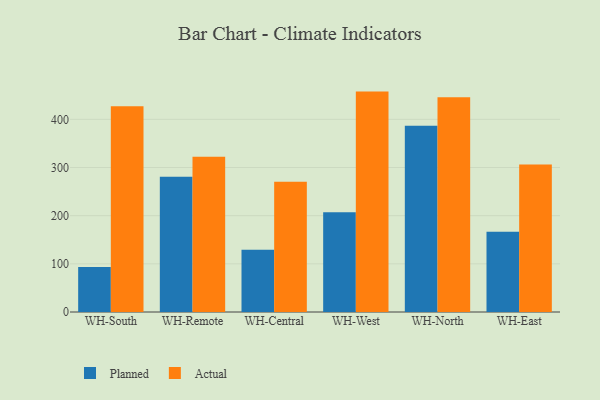
{"axis": {"x": "Warehouse", "y": "Headcount"}, "legend": ["Actual", "Planned"], "data": [{"x": "WH-South", "y": 93.4, "type": "Planned"}, {"x": "WH-South", "y": 427.3, "type": "Actual"}, {"x": "WH-Remote", "y": 280.8, "type": "Planned"}, {"x": "WH-Remote", "y": 322.4, "type": "Actual"}, {"x": "WH-Central", "y": 129.4, "type": "Planned"}, {"x": "WH-Central", "y": 270.6, "type": "Actual"}, {"x": "WH-West", "y": 206.9, "type": "Planned"}, {"x": "WH-West", "y": 457.6, "type": "Actual"}, {"x": "WH-North", "y": 386.8, "type": "Planned"}, {"x": "WH-North", "y": 446.1, "type": "Actual"}, {"x": "WH-East", "y": 166.5, "type": "Planned"}, {"x": "WH-East", "y": 306.2, "type": "Actual"}]}